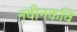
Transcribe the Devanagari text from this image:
नवीनकवि